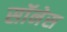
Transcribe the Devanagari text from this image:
सॉनेस